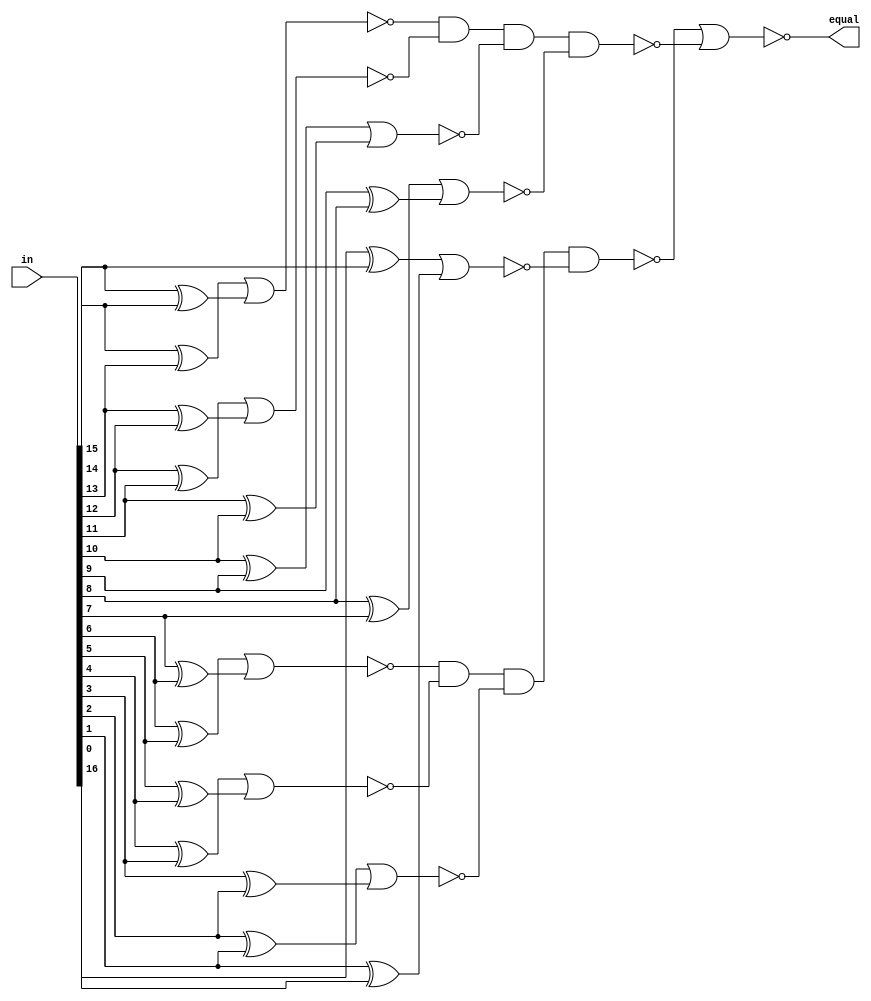
module sparc_exu_alu_16eql (/*AUTOARG*/
   // Outputs
   equal, 
   // Inputs
   in
   ) ;
   input [16:0] in;

   output       equal;

   wire [15:0]  inxor;
   wire [7:0]   nor1;
   wire [1:0]   nand2;

   assign inxor[0] = in[15] ^ in[14];
   assign inxor[1] = in[14] ^ in[13];
   assign inxor[2] = in[13] ^ in[12];
   assign inxor[3] = in[12] ^ in[11];
   assign inxor[4] = in[11] ^ in[10];
   assign inxor[5] = in[10] ^ in[9];
   assign inxor[6] = in[9] ^ in[8];
   assign inxor[7] = in[8] ^ in[7];
   assign inxor[8] = in[7] ^ in[6];
   assign inxor[9] = in[6] ^ in[5];
   assign inxor[10] = in[5] ^ in[4];
   assign inxor[11] = in[4] ^ in[3];
   assign inxor[12] = in[3] ^ in[2];
   assign inxor[13] = in[2] ^ in[1];
   assign inxor[14] = in[1] ^ in[0];
   assign inxor[15] = in[16] ^ in[15];

   assign nor1[0] = ~(inxor[15] | inxor[14]);
   assign       nor1[1] = ~(inxor[1] | inxor[0]);
   assign       nor1[2] = ~(inxor[3] | inxor[2]);
   assign       nor1[3] = ~(inxor[5] | inxor[4]);
   assign       nor1[4] = ~(inxor[7] | inxor[6]);
   assign       nor1[5] = ~(inxor[9] | inxor[8]);
   assign       nor1[6] = ~(inxor[11] | inxor[10]);
   assign       nor1[7] = ~(inxor[13] | inxor[12]);

   assign       nand2[0] = ~(nor1[1] & nor1[2] & nor1[3] & nor1[4]);
   assign       nand2[1] = ~(nor1[5] & nor1[6] & nor1[7] & nor1[0]);

   assign       equal = ~(nand2[1] | nand2[0]);
   
endmodule